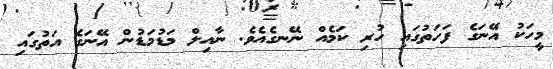
މީހަކު އޭނަގެ ފަހަތުގައި ހުރި ކަމެއް ނޭނގެއެވެ. ނާއިލް މަޑުމަޑުން އޭނަގެ އަތުގައި